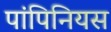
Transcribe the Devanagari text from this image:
पांपिनियस